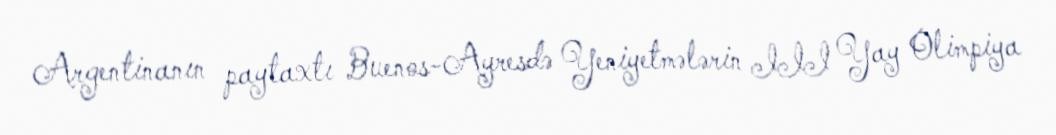
Argentinanın paytaxtı Buenos-Ayresdə Yeniyetmələrin III Yay Olimpiya